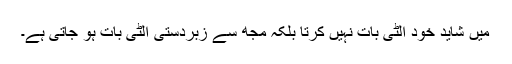
میں شاید خود الٹی بات نہیں کرتا بلکہ مجھ سے زبردستی الٹی بات ہو جاتی ہے۔